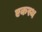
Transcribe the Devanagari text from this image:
एकस्थ